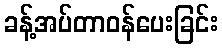
ခန့်အပ်တာဝန်ပေးခြင်း